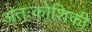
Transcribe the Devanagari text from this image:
अंतःकोशिकी